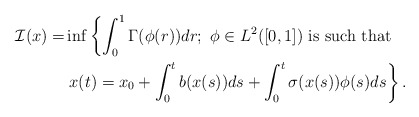
\begin{align*}\begin{aligned}\mathcal{I}(x)=&\inf\left\{\int^{1}_{0}\Gamma(\phi(r))dr; ~\phi\in L^2([0,1]) \ {\rm is \ such \ that \ } \right.\\&\left.x(t)=x_{0}+\int^{t}_{0}b(x(s))ds+\int^{t}_{0}\sigma(x(s))\phi(s)ds \right\}.\end{aligned}\end{align*}